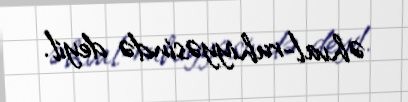
əhval-ruhiyyəsində deyil.